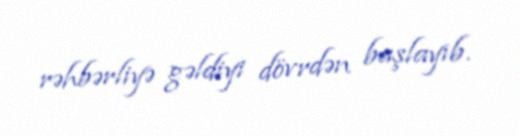
rəhbərliyə gəldiyi dövrdən başlayıb.